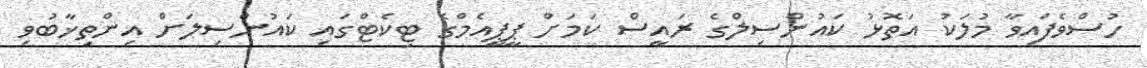
ހުސްވެފައިވާ މުލަކު އަތޮޅު ކައުންސިލްގެ ރައީސް ކަމަށް ޕީޕީއެމްގެ ޓިކެޓްގައި ކައުންސިލަށް އިންތިޚާބުވި